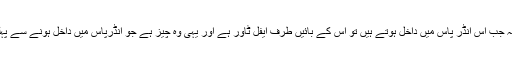
آپ جانتے ہیں کہ جب اس انڈر پاس میں داخل ہوتے ہیں تو اس کے بائیں طرف ایفل ٹاور ہے اور یہی وہ چیز ہے جو انڈرپاس میں داخل ہونے سے پہلے نظر آتی ہے۔